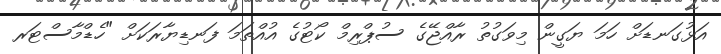
އަޅުގަނޑަށް ހަމަ ޔަގީން މިވަގުތު ރާއްޖޭގެ ސުޕްރިމް ކޯޓުގެ އުއްތަމަ ފަނޑިޔާރަކަށް "ހެޑްމާސްޓަރ